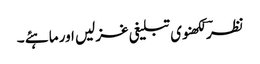
نظرؔ لکھنوی تبلیغی غزلیں اور ماہئے ۔